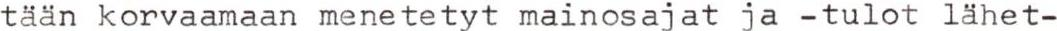
tään korvaamaan menetetyt mainosajat ja -tulot lähet-